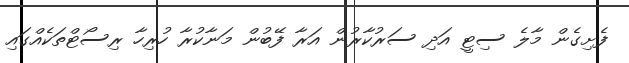
ފެށިގެން މާލެ ސިޓީ އަދި ސަރުކާރުން އަރާ ފޭބުން މަނާކުރާ ހުރިހާ ރިސޯޓްތަކެއްގައި